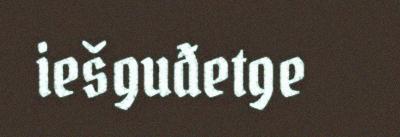
iešguđetge